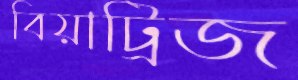
বিয়াট্রিজ